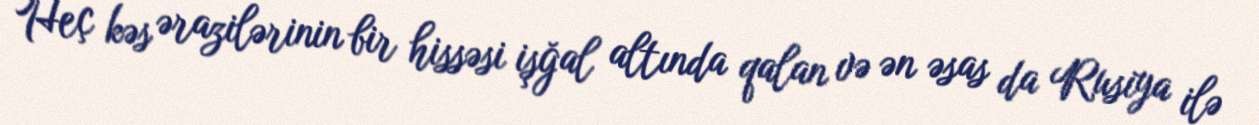
Heç kəs ərazilərinin bir hissəsi işğal altında qalan və ən əsas da Rusiya ilə